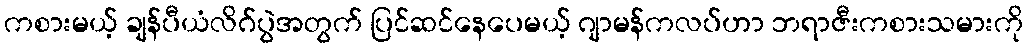
ကစားမယ့် ချန်ပီယံလိဂ်ပွဲအတွက် ပြင်ဆင်နေပေမယ့် ဂျာမန်ကလပ်ဟာ ဘရာဇီးကစားသမားကို